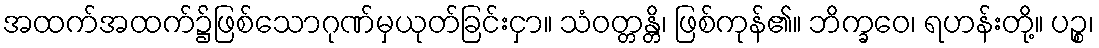
အထက်အထက်၌ဖြစ်သောဂုဏ်မှယုတ်ခြင်းငှာ။ သံဝတ္တန္တိ၊ ဖြစ်ကုန်၏။ ဘိက္ခဝေ၊ ရဟန်းတို့။ ပဉ္စ၊